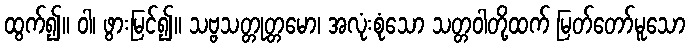
ထွက်၍။ ဝါ၊ ဖွားမြင်၍။ သဗ္ဗသတ္တုတ္တမော၊ အလုံးစုံသော သတ္တဝါတို့ထက် မြတ်တော်မူသော